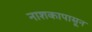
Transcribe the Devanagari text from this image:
नाशकापासून